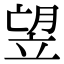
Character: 𥩿